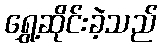
ရွှေ့ဆိုင်းခဲ့သည်